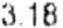
3.18